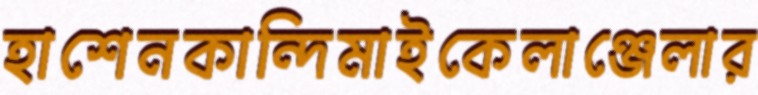
হাশেনকান্দিমাইকেলাঞ্জেলার